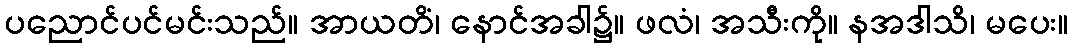
ပညောင်ပင်မင်းသည်။ အာယတိံ၊ နောင်အခါ၌။ ဖလံ၊ အသီးကို။ နအဒါသိ၊ မပေး။